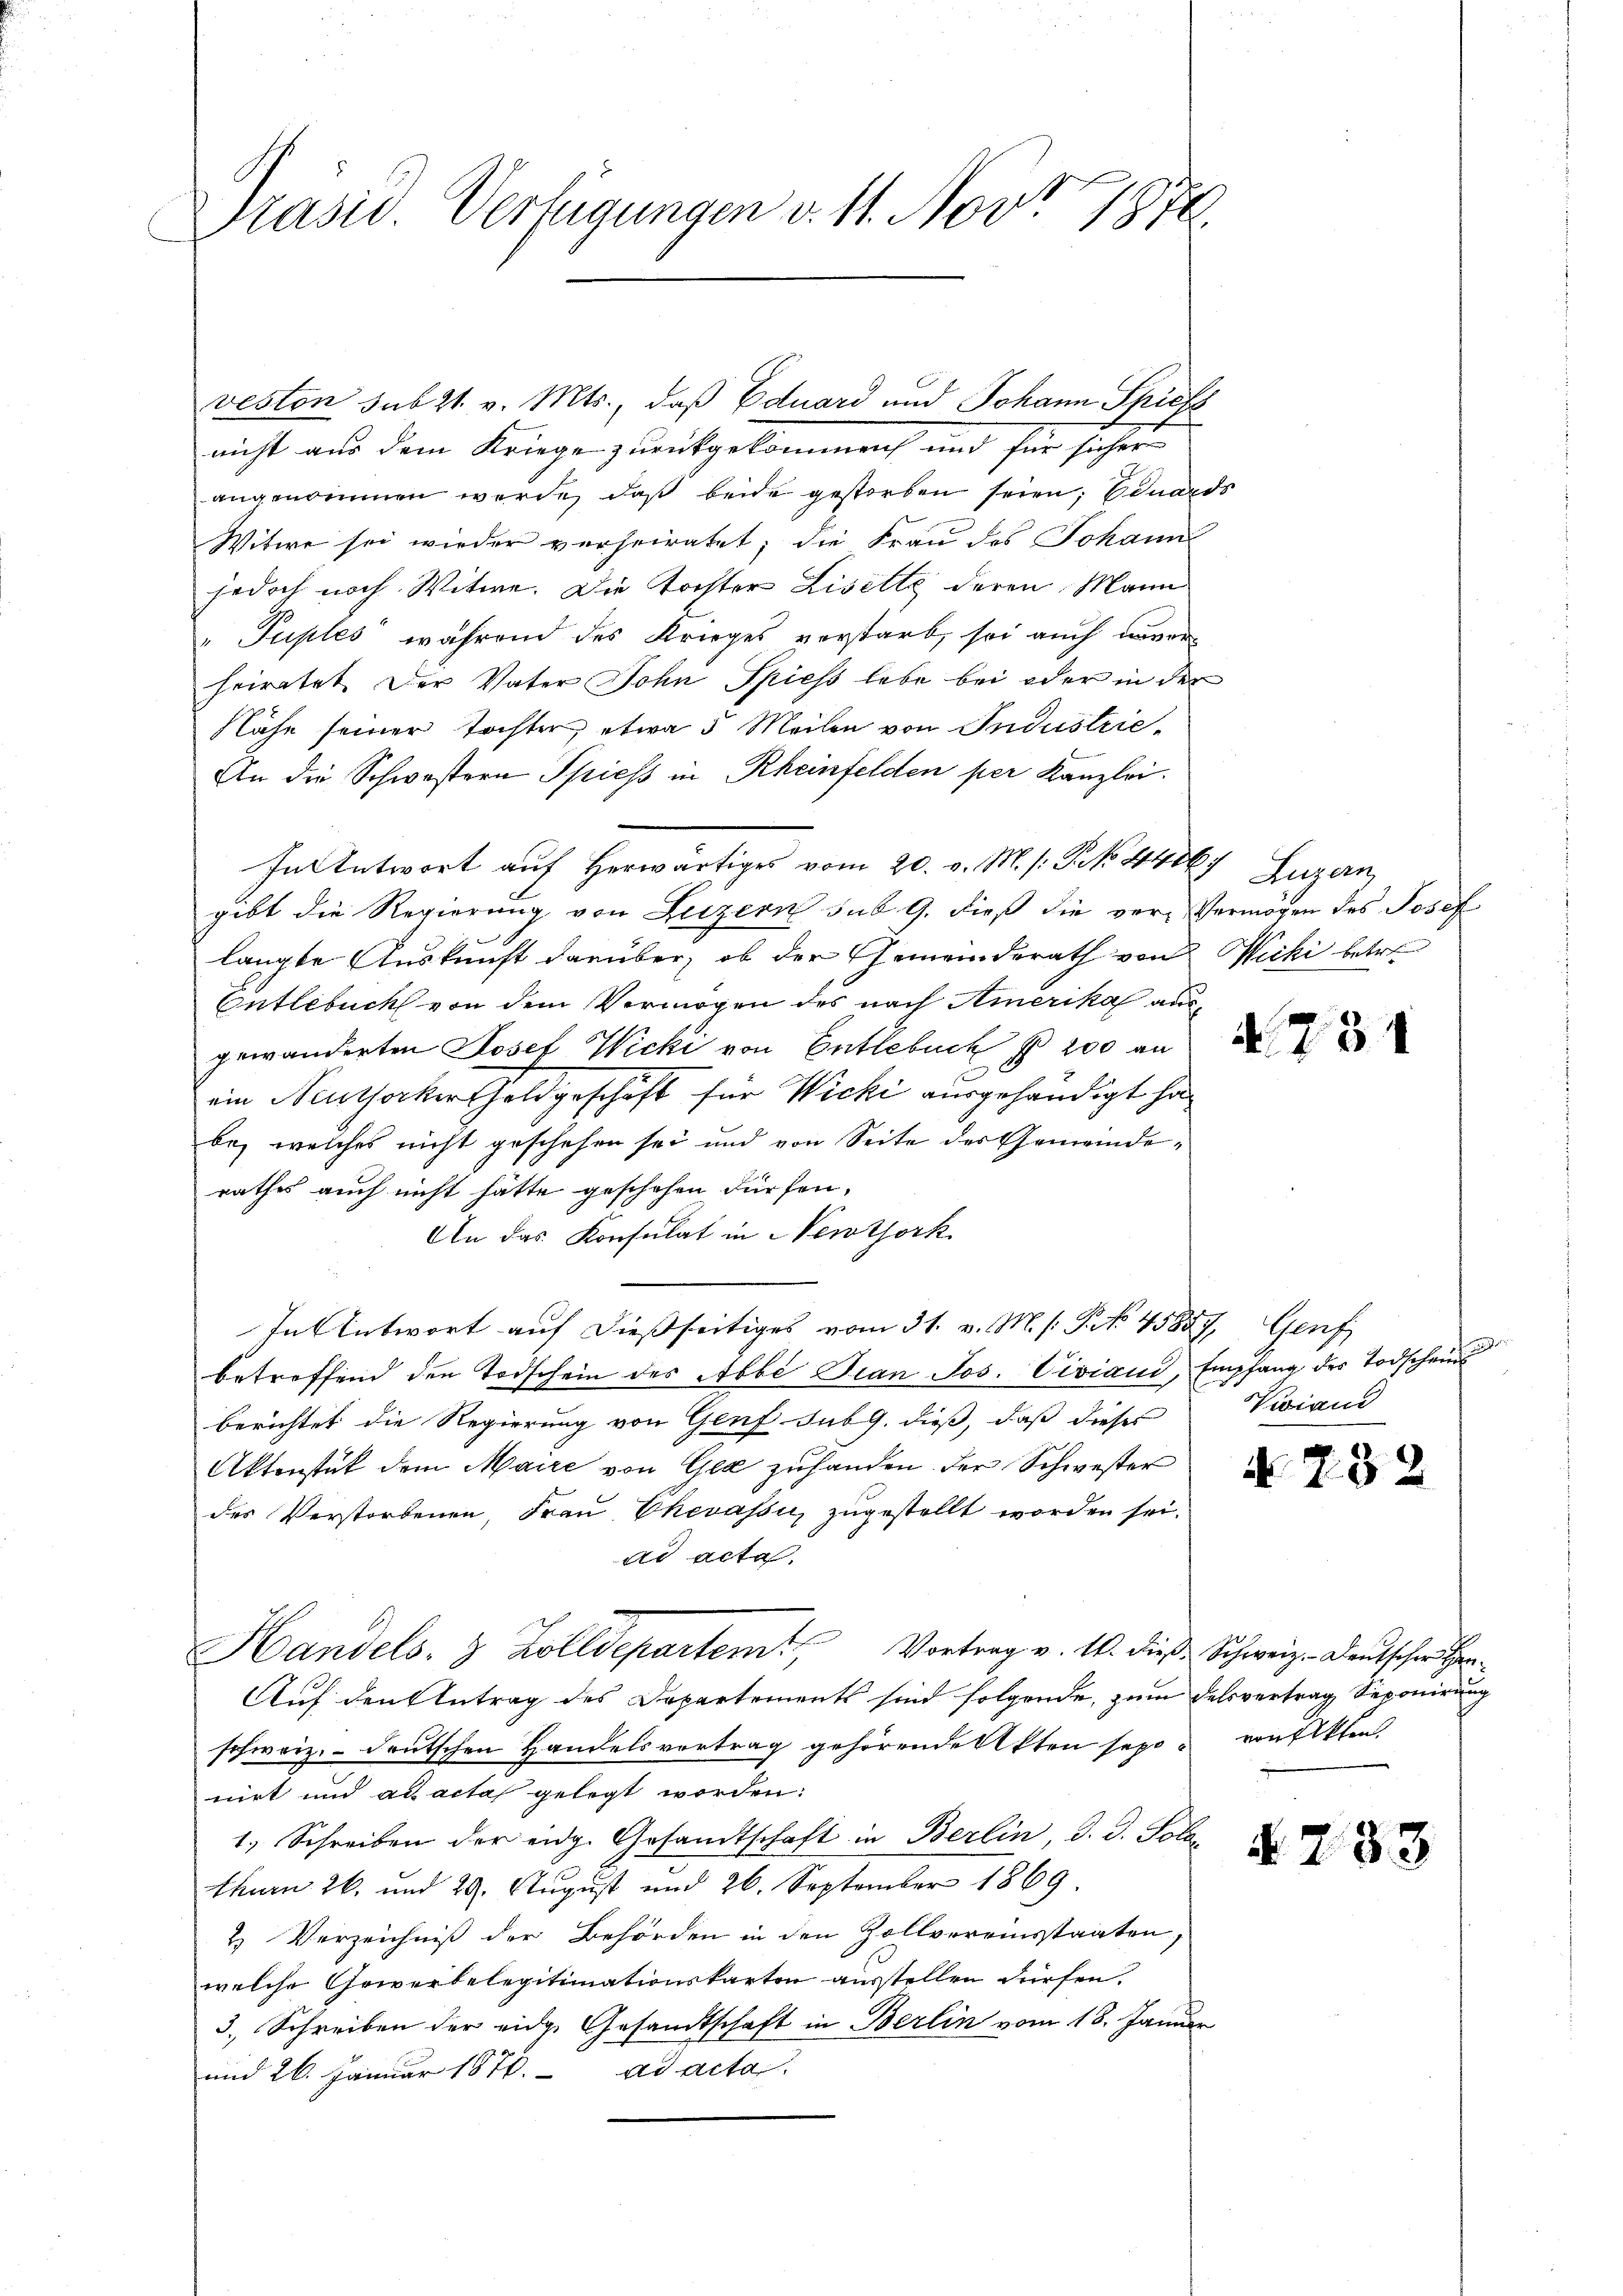
Präsid. Verfügungen v. 11. Nov 1870

veston sub 21. v. Mts., daß Eduard und Johann Spiefs
nicht aus dem Kriege zurückgekommen und für sicher
angenommen werde, daß beide gestorben seien, sonards
Witwe sei wieder verheiratet; die Frau des Johann
jedoch noch Witwe. Die Tochter Liselle deren Mann
"Puples während des Krieges verstarb, sei auch unver-
heiratet. Der Vater John Spiess lebe bei oder in der
Nähe seiner Tochter etwa 5 Meilen von Industrie¬
An die Schwestern Spiess in Rheinfelden per Kanzlei.
Int entwort auf herwärtiges vom 20. v. M. s. Frk. 44067 Luzern,
gibt die Regierung von Luzern sub 9. dieß die vor- Vermögen des Josef
langte Auskunft darüber, ob der Gemeinderath von Wicki betre
Entlebuch von dem Vermögen des nach Amerika ausgewanderten Josef Wicki von Entlebuch § 200 an d
ein Neuthocker Geldgeschäft für Wicki ausgehändigt ha
be, welches nicht geschehen sei und von Seite des Gemeinderathes auch nicht hätte geschehen dürfen.
An das Konsulat in Newtork
In Antwort auf dießseitiges vom 31. v. M. s. P. No 45857, Genf
betreffend den Todschein des Abbé Fian Jos. Civiani, Empfang des Todschein
berichtet die Regierung von Genf subg. dieß, daß dieses Viiand
Aktenstück dem Maire von Gla zuhanden der Schwester
des Verstorbenen, Frau Chevassu zugestellt worden sei.
ad acta.
Handels- & Zolldepartem Vortrag v. 10. dies Schweiz. Deutscher Her
Auf den Antrag des Departements sind folgende, zum Felsvertrag Seponirung
schweiz.- deutschen Handelsvertrag gehörende Akten sepo- von Akten.
nirt und ad acta gelegt worden:
1.) Schreiben der eidg. Gesandtschaft in Berlin, d. d. Sola
thurn 26. und 29. August und 26. September 1869.
2 Verzeichniß der Behörden in den Zollvereinsstaaten,
welche Gewerbelegitimationskarten ausstellen dürfen.
3., Schreiben der eidge Gesandtschaft in Berlin vom 18. Januar
und 26. Januar 1870. ad acta

N 732

d. 233